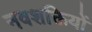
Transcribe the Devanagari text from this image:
नवशक्तियों